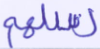
رسلهم